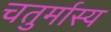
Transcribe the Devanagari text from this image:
चतुर्मास्य